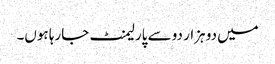
میں دو ہزار دو سے پارلیمنٹ جارہا ہوں۔